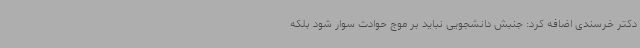
دکتر خرسندی اضافه کرد: جنبش دانشجویی نباید بر موج حوادث سوار شود بلکه